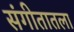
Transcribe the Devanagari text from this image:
संगीतातला